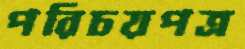
পরিচয়পত্র